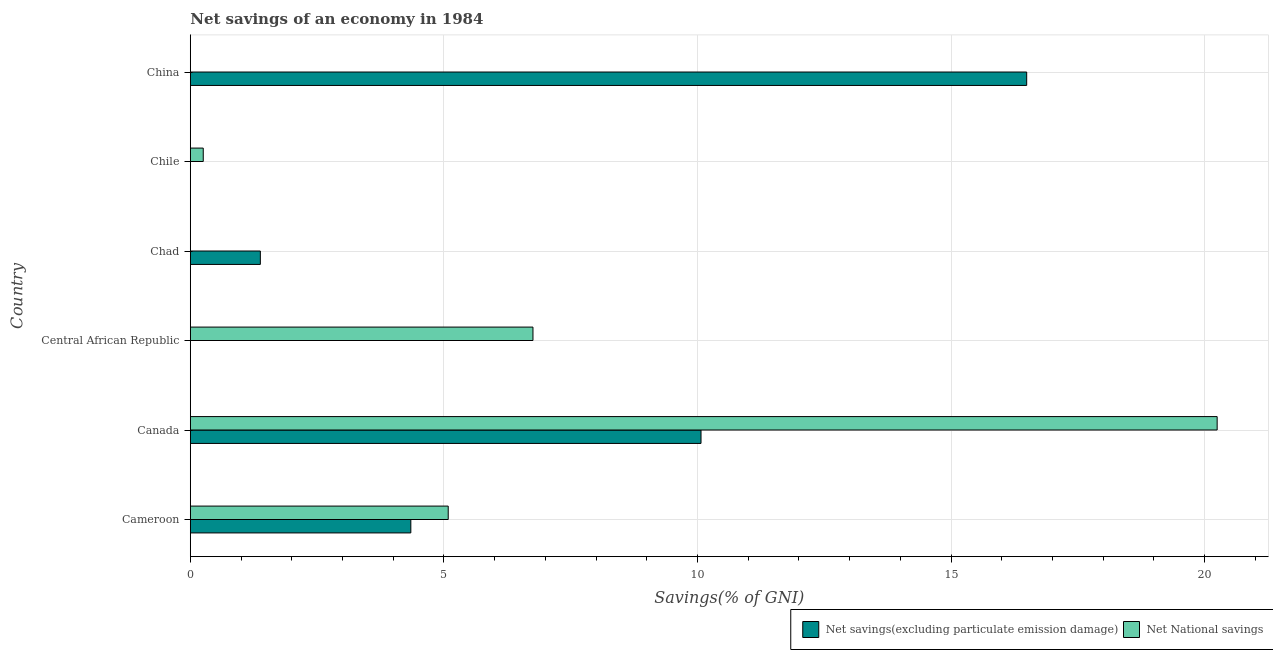
| Country | Net savings(excluding particulate emission damage) | Net National savings |
 | --- | --- | --- |
 | Cameroon | 4.35 | 5.09 |
 | Canada | 10.1 | 20.2 |
 | Central African Republic | -2.12 | 6.76 |
 | Chad | 1.38 | -5.09 |
 | Chile | -10.5 | 0.255 |
 | China | 16.5 | -9.76 |